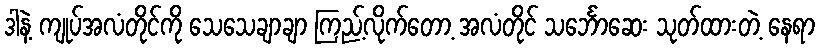
ဒါနဲ့ ကျုပ်အလံတိုင်ကို သေသေချာချာ ကြည့်လိုက်တော့ အလံတိုင် သင်္ဘောဆေး သုတ်ထားတဲ့ နေရာ